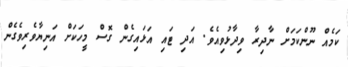
ކަމެއް ނޫންކަމަށް ނާދިރާ ވިދާޅުވިއެވެ. އަދި ޓައި އަޅައިގެން ގޮސް މީހަކަށް އަނިޔާވެރިވެގެން